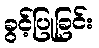
ခွင့်ပြုခြင်း